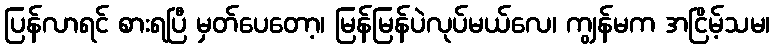
ပြန်လာရင် စားရပြီ မှတ်ပေတော့၊ မြန်မြန်ပဲလုပ်မယ်လေ၊ ကျွန်မက အငြိမ့်သမ၊